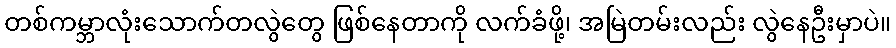
တစ်ကမ္ဘာလုံးသောက်တလွဲတွေ ဖြစ်နေတာကို လက်ခံဖို့၊ အမြဲတမ်းလည်း လွဲနေဦးမှာပဲ။